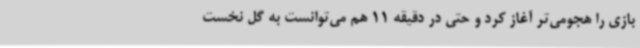
بازی را هجومی‌تر آغاز کرد و حتی در دقیقه 11 هم می‌توانست به گل نخست